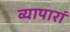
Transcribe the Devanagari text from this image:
व्यापारां